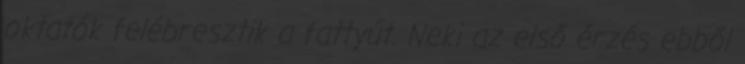
oktatók felébresztik a fattyút. Neki az első érzés ebből